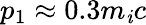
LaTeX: p_{1}\approx0.3m_{\mathit{i}}c